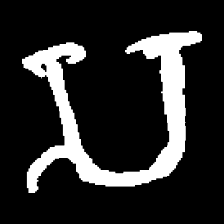
Pyu character \u2014 Myanmar letter: သ (romanized: sa)